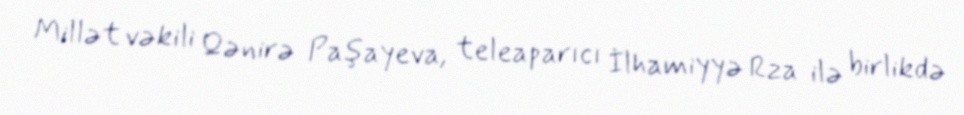
Millət vəkili Qənirə Paşayeva, teleaparıcı İlhamiyyə Rza ilə birlikdə